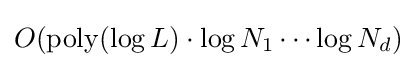
O(\operatorname {poly} (\log L)\cdot \log N_{1}\cdots \log N_{d})